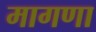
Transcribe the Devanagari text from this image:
मागणा